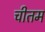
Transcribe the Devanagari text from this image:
चीतम